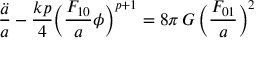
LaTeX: \frac { \ddot { a } } { a } - \frac { k p } { 4 } \Bigl ( \frac { F _ { 1 0 } } { a } \phi \Bigr ) ^ { p + 1 } = 8 \pi \, G \, \Bigl ( \frac { F _ { 0 1 } } { a } \Bigr ) ^ { 2 }